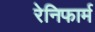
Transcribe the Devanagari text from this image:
रेनिफार्म